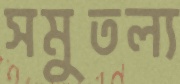
সমুতল্য